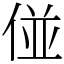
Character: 𠊧